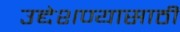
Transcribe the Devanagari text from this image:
उद्देशण्यासाठी